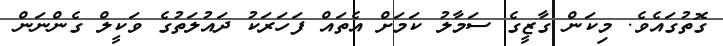
ގޮތުގައެވެ. މިކަން ގާޒީގެ ސަމާލު ކަމަށް އެތައް ފަހަރަކު ދައުލަތުގެ ވަކީލް ގެންނަން